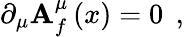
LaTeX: \partial_{\mu}\mathbf{A}_{f}^{\mu}\left(x\right)=0\; \, ,